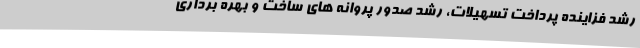
رشد فزاینده پرداخت تسهیلات، رشد صدور پروانه های ساخت و بهره برداری